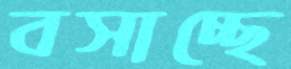
বসাচ্ছে